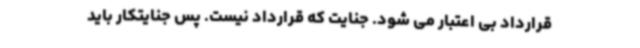
قرارداد بی اعتبار می شود. جنایت که قرارداد نیست. پس جنایتکار باید